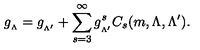
g _ { _ { \Lambda } } = g _ { _ { \Lambda ^ { \prime } } } + \sum _ { s = 3 } ^ { \infty } g _ { _ { \Lambda ^ { \prime } } } ^ { s } C _ { s } ( m , \Lambda , \Lambda ^ { \prime } ) .